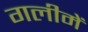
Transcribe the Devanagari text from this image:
गलीमें